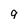
Character: q